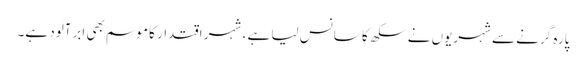
پارہ گرنے سے شہریوں نے سکھ کا سانس لیا ہے ، شہر اقتدار کا موسم بھی ابرآلود ہے۔